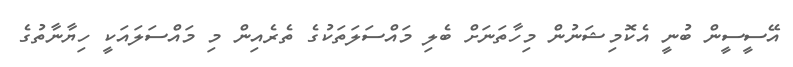
އޭސީސީން ބުނީ އެކޮމިޝަނުން މިހާތަނަށް ބެލި މައްސަލަތަކުގެ ތެރެއިން މި މައްސަލައަކީ ހިޔާނާތުގެ